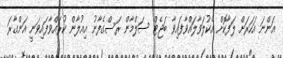
އަންނަ އަހަރަށް ލަފާކޮށް އެކުލަވާލައްވާފައިވާ ބަޖެޓް ސަލްމާން ރަސްގެފާނު އިއުލާން ކުރައްވާފައިވަނީ އަންގާރަ